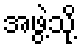
အဖွဲ့သို့